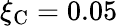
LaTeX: {\xi_{\mathrm{C}}=0.05}